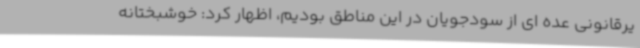
یرقانونی عده ای از سودجویان در این مناطق بودیم، اظهار کرد: خوشبختانه